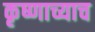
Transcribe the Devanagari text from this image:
कृष्णाच्याच